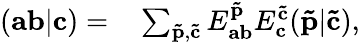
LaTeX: \begin{array}{rl}{(\mathbf{a}\mathbf{b}|\mathbf{c})=}&{{}\sum_{\mathbf{\tilde{p}},\mathbf{\tilde{c}}}E_{\mathbf{ab}}^{\mathbf{\tilde{p}}}E_{\mathbf{c}}^{\mathbf{\tilde{c}}}(\mathbf{\tilde{p}}|\mathbf{\tilde{c}}),}\end{array}